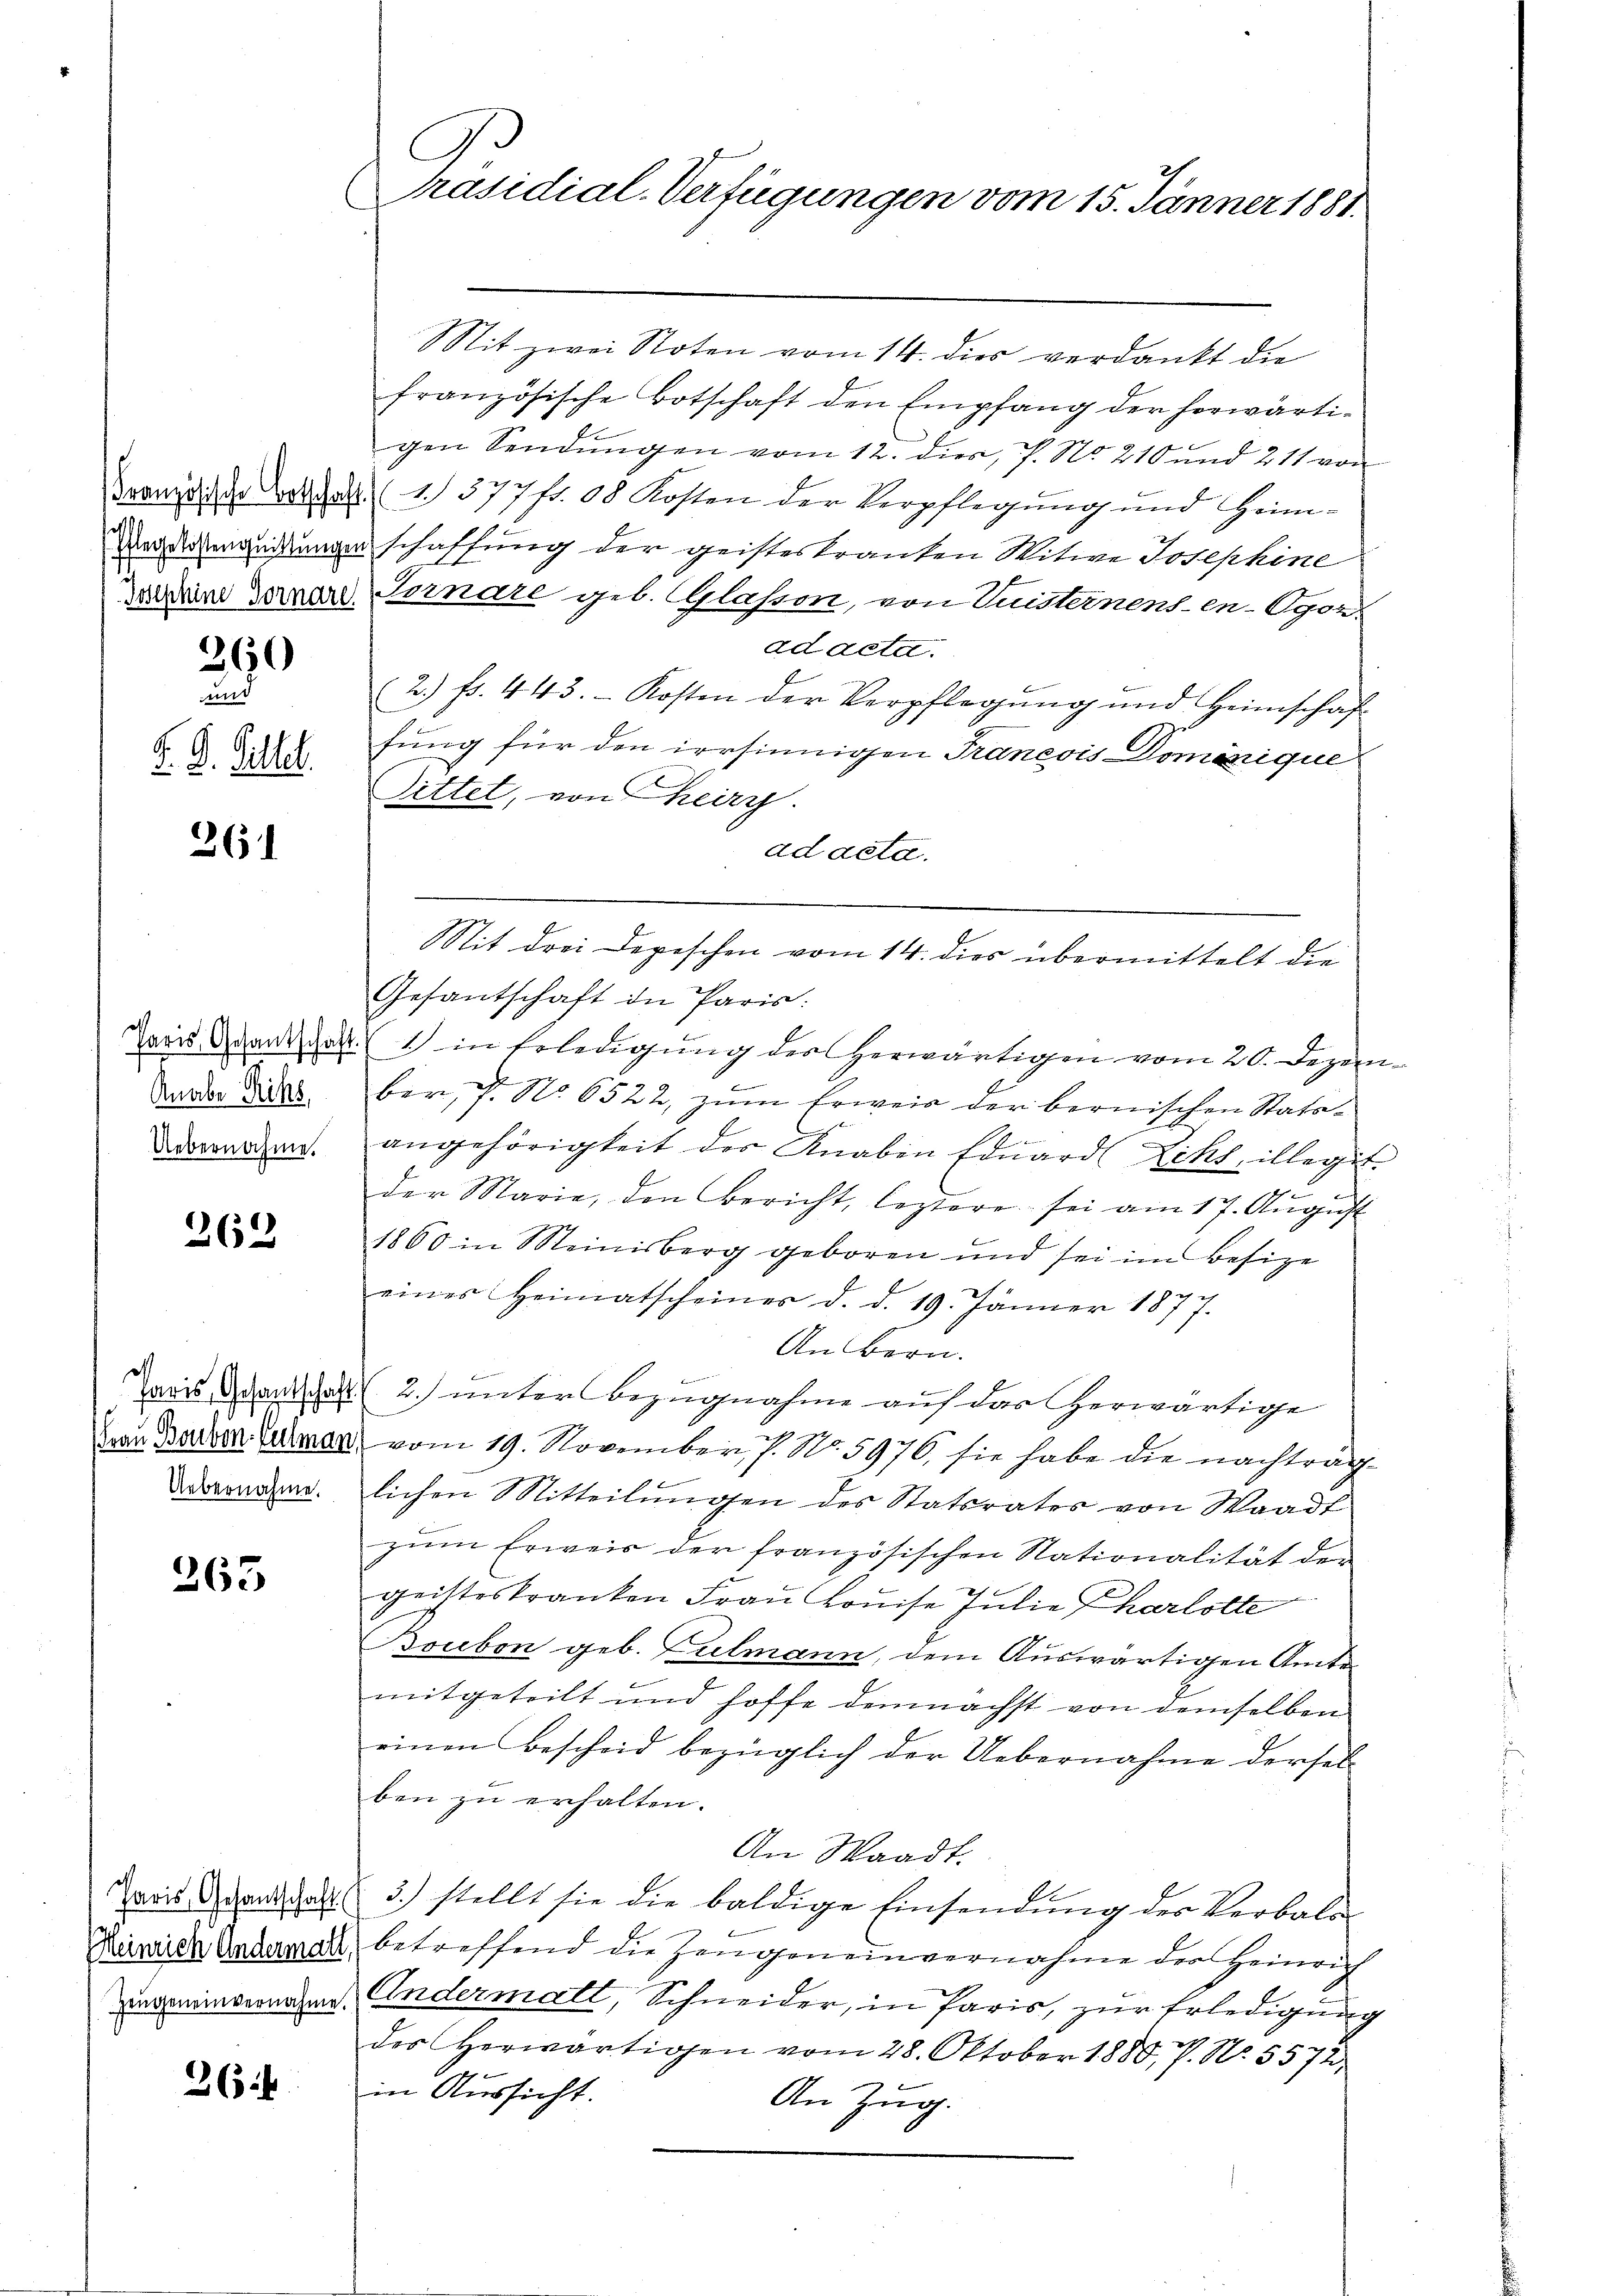
360

und
F. D. Rittel.

261

Knabe Reichs
Uebernahme.

26

d
Uebernahme.

263

Paris, Gesantschaft (
Meinrich Andermall
Zeugeneinvernahme.

264

C
räsidial-Verfügungen vom 15. Jänner 1881.
C

Sit zwei Noten vom 14. dies verdankt die
französische Botschaft den Empfang der herwärtigen Sendungen vom 12. dies, P. No. 210 und 211 von
Brandische Balthat. 1377 fr. 08 Kosten der Verpflegung und Heim¬
Deodemandlungenschaffung der geisteskranten Witwe Josephine
Waden Zorner Tonare geb. Glassen, von Luisternens-en-Ogon-
ad acta.
2.) Fr. 443. Kosten der Verpflegŭng und Heimschaf
fung für den irrsinnigen Francois Dominique
Sittet, von heir
ad acta.
Mit drei Depeschen vom 14. dies übermittelt die
Gesandtschaft in Paris:
Tavis danke 1 in Erledigung der herwärtigen vom 20. Dezember, 7. No. 6522, zŭm Erweis der bernischen Stata-
angehörigkeit der Knaben Edŭard Zihs, illegit
d
der Marie, den Bericht, leztere sei am 17. Aŭgŭst
1860 in Meinisberg geboren und sei im Besize
eines Heimatscheines d. d. 19. Jänner 1877.
An Bern.
E
aris ange 2. unter Bezugnahme auf das erwärtige
Von Baden Camer, vom 19. November 1. No. 5976, sie habe die nachträglichen Mitteilungen des Statsrates von Waadt
zŭm Erweis der französischen Nationalität der
geitteskranken Frau Louise Julie Charlotte
Goubon geb. Fulmann, dem Auswärtigen Amte
mitgeteilt und hoffe demnächst von demselben
einen Bescheid bezüglich der Uebernahme dersel
ben zu erhalten.
An Waadt.
3.) stellt sie die baldige Einsendung des Verbaldbetreffend die Zeugeneinvernahme der Heinrich
Andermatt, Schneider, in Paris, zur Erledigung
der herwärtigen vom 28. Oktober 1880, P. Nr. 5572
in Aussicht.
An Zug.